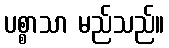
ပစ္စာသာ မည်သည်။